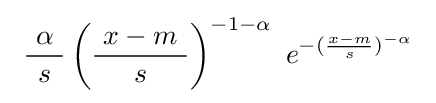
\ {\frac {\ \alpha \ }{s}}\left({\frac {\ x-m\ }{s}}\right)^{-1-\alpha }~e^{-({\frac {x-m}{s}})^{-\alpha }}\